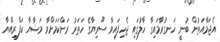
އެޖަމާއަތުން ބުނީ ހަނގުރާމައިގާ ހާލުގައި ޖެހިފައިވާ ސޫރިޔާގެ ހަތަރު ރަށްކަމަށްވާ މަޟާޔާ ކަފްރިއްޔާ